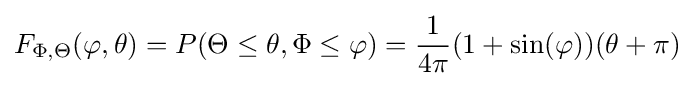
F_{\Phi ,\Theta }(\varphi ,\theta )=P(\Theta \leq \theta ,\Phi \leq \varphi )={\frac {1}{4\pi }}(1+\sin(\varphi ))(\theta +\pi )